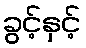
ခွင့်နှင့်